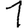
Digit: 1